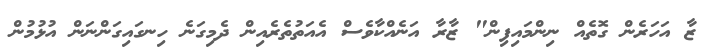
ޒާ އަހަރެން ގޮތެއް ނިންމައިފިން" ޒާރާ އަނެއްކާވެސް އެއަތުތެރެއިން ދެމިގަނެ ހިނގައިގަންނަން އުޅުމުން